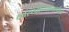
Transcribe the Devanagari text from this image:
कारखान्यामार्फत